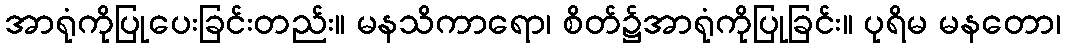
အာရုံကိုပြုပေးခြင်းတည်း။ မနသိကာရော၊ စိတ်၌အာရုံကိုပြုခြင်း။ ပုရိမ မနတော၊